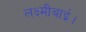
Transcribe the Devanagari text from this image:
लक्ष्मीबाई।